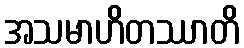
အသမာဟိတဿာတိ